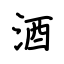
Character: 酒